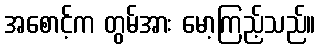
အစောင့်က တွမ်အား မော့ကြည့်သည်။